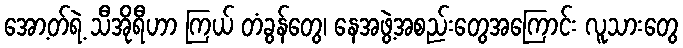
အော့တ်ရဲ့ သီအိုရီဟာ ကြယ် တံခွန်တွေ၊ နေအဖွဲ့အစည်းတွေအကြောင်း လူသားတွေ